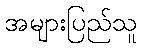
အများပြည်သူ